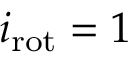
{ i _ { \mathrm { r o t } } } = 1